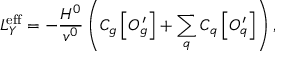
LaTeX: { \cal L } _ { Y } ^ { \mathrm { e f f } } = - \frac { H ^ { 0 } } { v ^ { 0 } } \left( C _ { g } \left[ O _ { g } ^ { \prime } \right] + \sum _ { q } C _ { q } \left[ O _ { q } ^ { \prime } \right] \right) ,